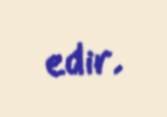
edir.